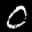
Label: 0